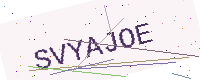
Text: SVYAJOE